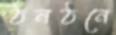
ঠনঠনে